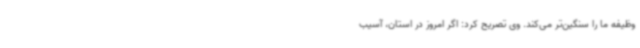
وظیفه ما را سنگین‌تر می‌کند. وی تصریح کرد: اگر امروز در استان، آسیب